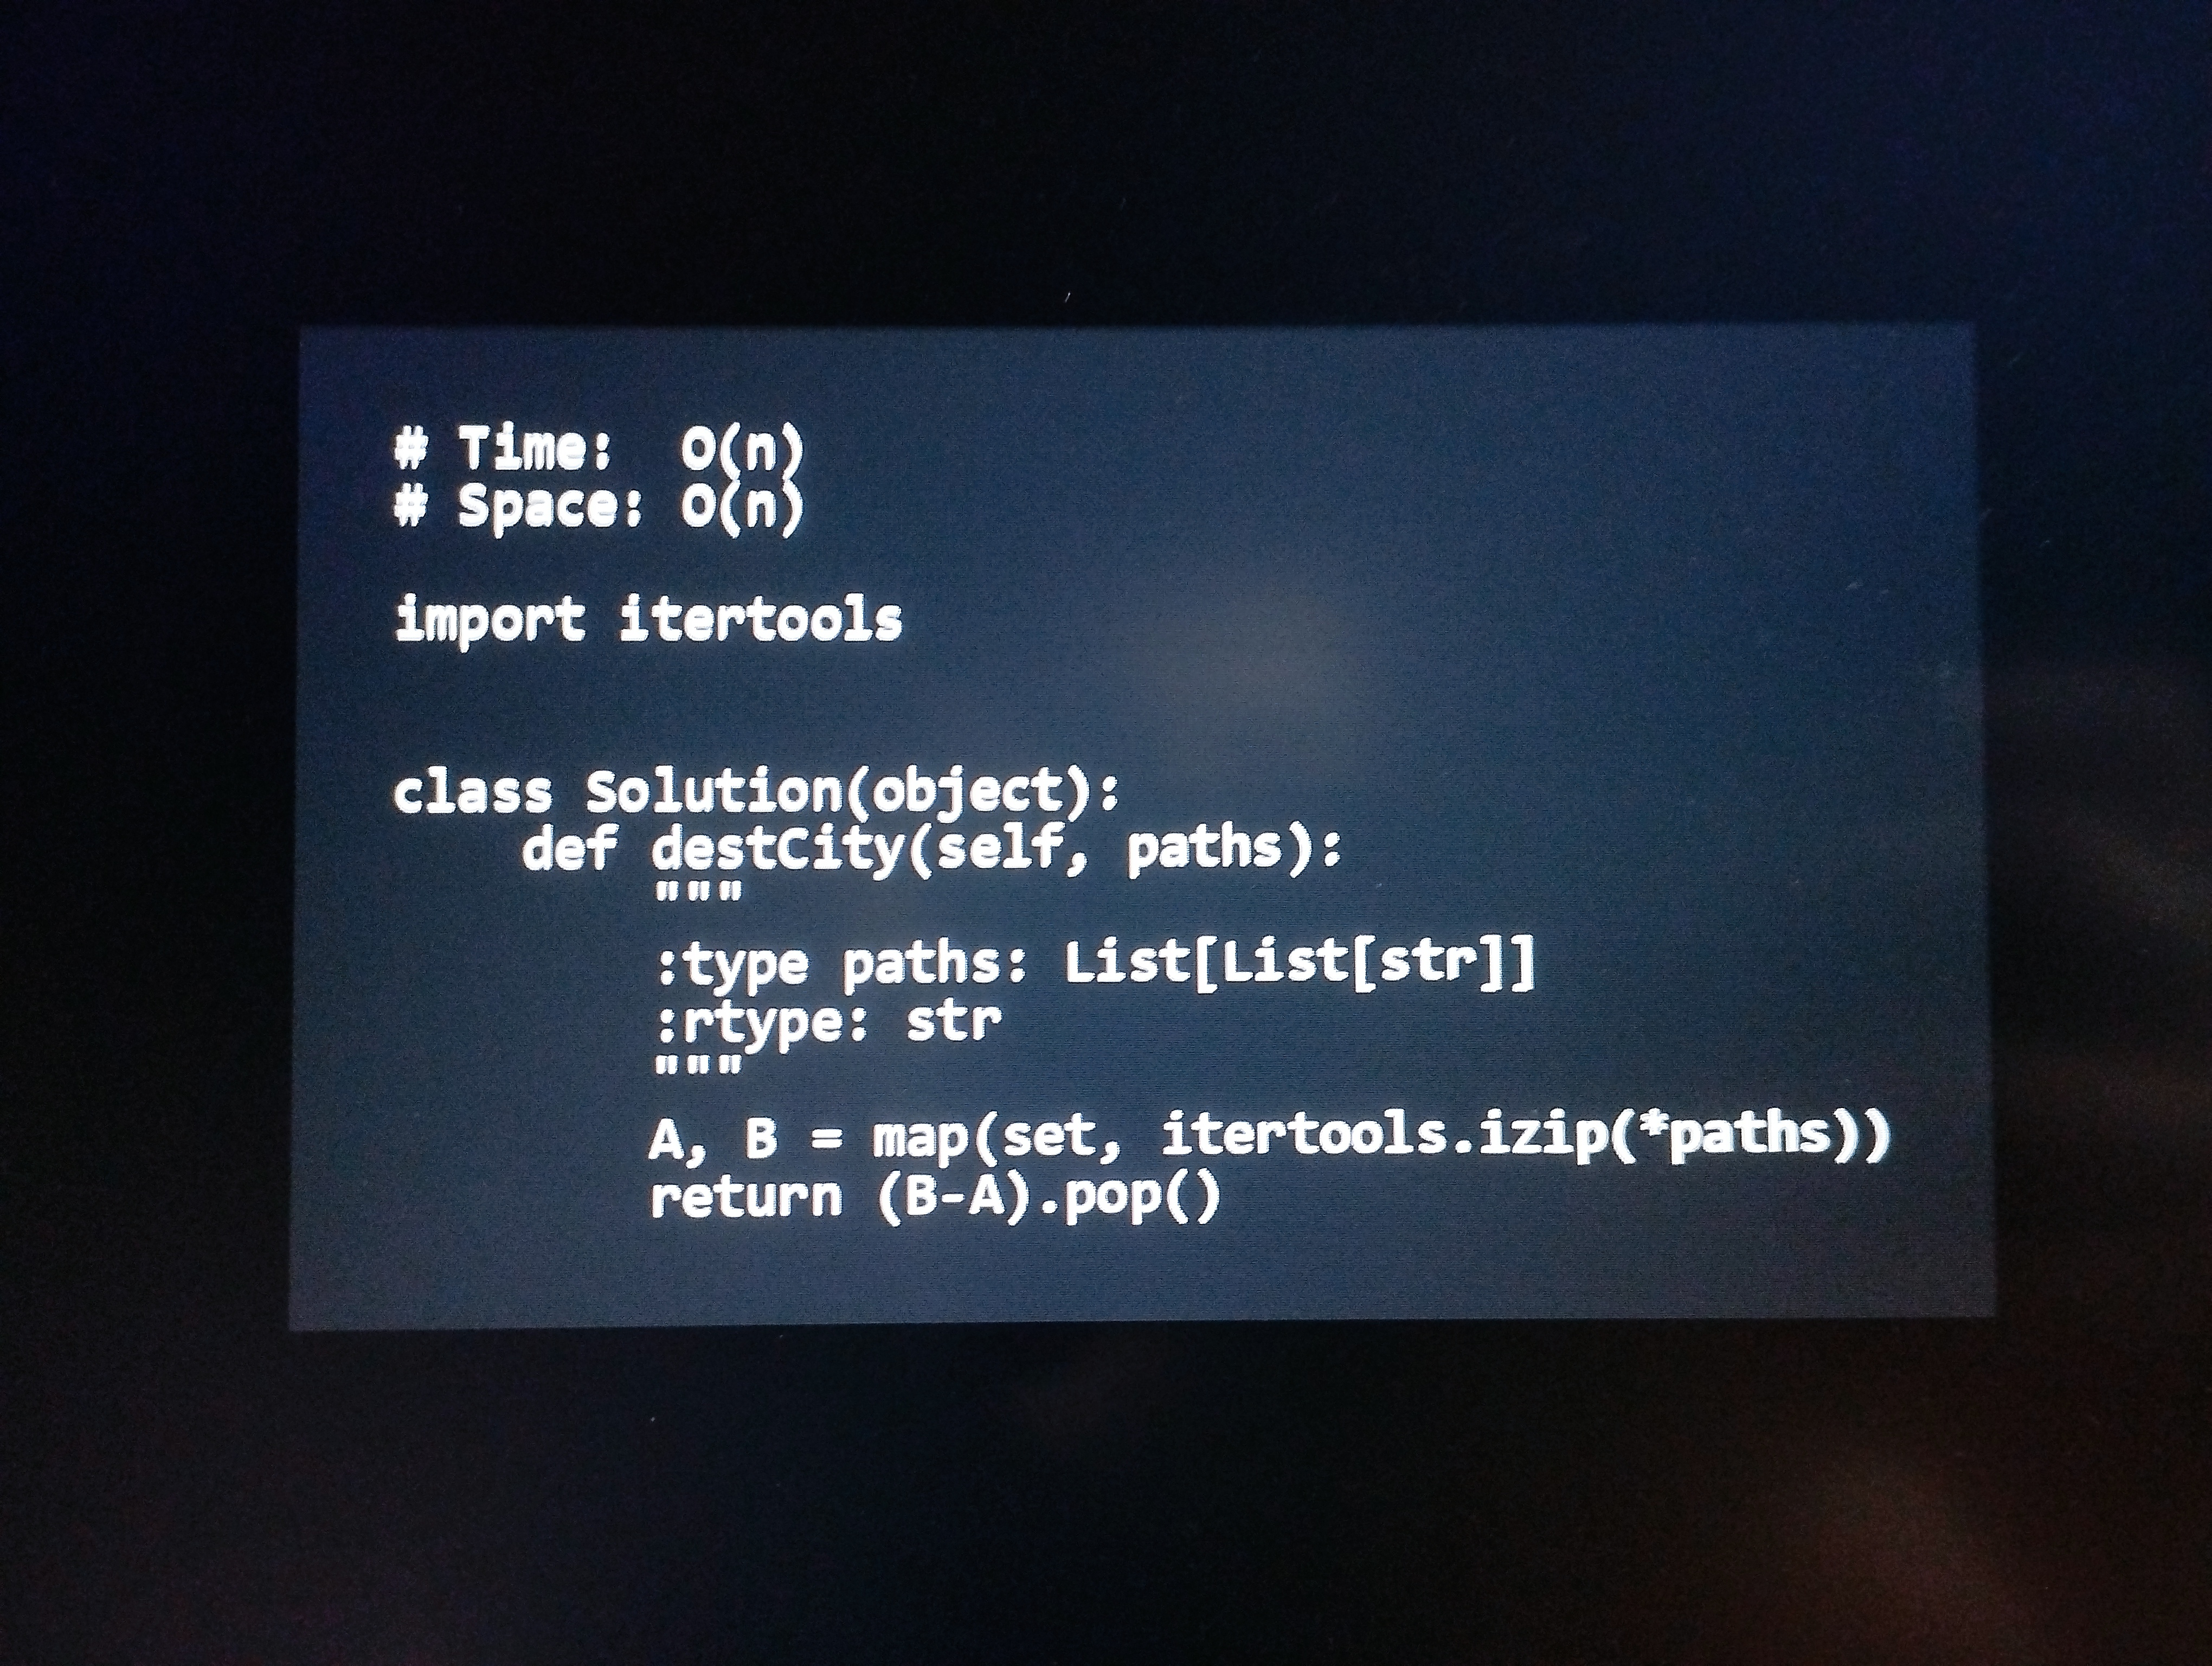
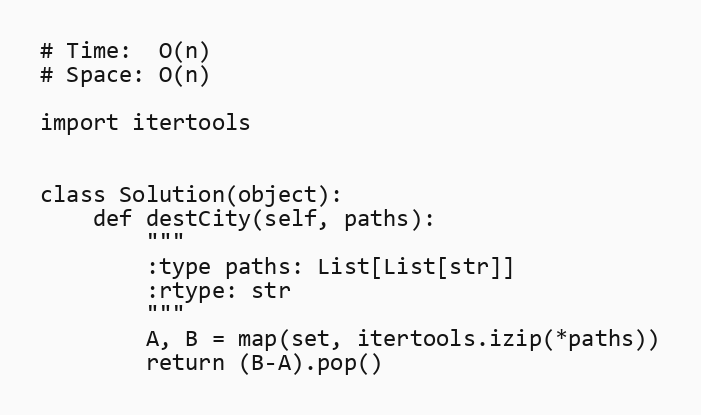
# Time:  O(n)
# Space: O(n)

import itertools

class Solution(object):
    def destCity(self, paths):
        """
        :type paths: List[List[str]]
        :rtype: str
        """
        A, B = map(set, itertools.izip(*paths))
        return (B-A).pop()